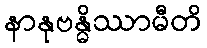
နာနုဗန္ဓိဿာမီတိ